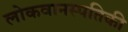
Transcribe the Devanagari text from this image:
लोकवानस्पतिकी